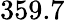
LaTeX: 359.7